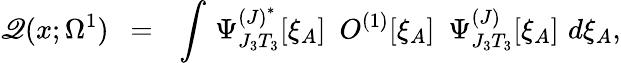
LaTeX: \mathscr{Q}(x;\Omega^{1})\ \ =\ \ \int\, \Psi_{J_{3}T_{3}}^{{(J)}^{*}}[\xi_{A}]\, \, \, O^{(1)}[\xi_{A}]\, \, \, \Psi_{J_{3}T_{3}}^{(J)}[\xi_{A}]\, \, d\xi_{A},